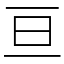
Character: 亘